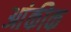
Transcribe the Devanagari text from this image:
आंकीक